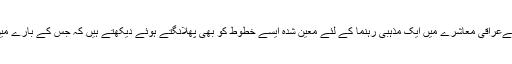
یہاں تک کہ اس ایشو میں اسےعراقی معاشرے میں ایک مذہبی رہنما کے لئے معین شدہ ایسے خطوط کو بھی پھلانگتے ہوئے دیکھتے ہیں کہ جس کے بارے میں کم ہی تصور کیا جاتا ہے۔